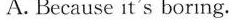
A. Because it's boring.